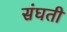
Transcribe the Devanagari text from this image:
संघती